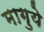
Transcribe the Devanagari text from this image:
मागुये